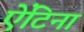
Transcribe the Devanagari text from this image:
ऐंटिना